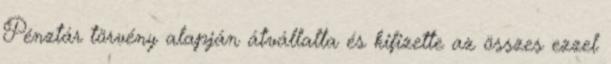
Pénztár törvény alapján átvállalta és kifizette az összes ezzel